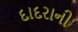
દાદરાની